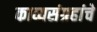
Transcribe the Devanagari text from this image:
काव्यसंग्रहांचे